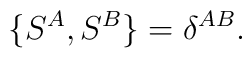
{\{S^A, S^B\} = \delta^{AB}.}